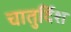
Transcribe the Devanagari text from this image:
चातुर्दिश